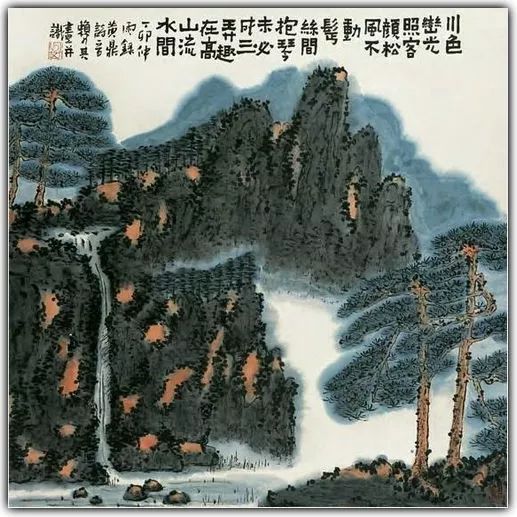
夜阑风静欲归时，惟有一江明月碧琉璃。